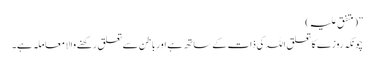
”(متفق علیہ )
چونکہ روزے کا تعلق اللہ کی ذات کے ساتھ ہے اور باطن سے تعلق رکھنے والا معاملہ ہے۔